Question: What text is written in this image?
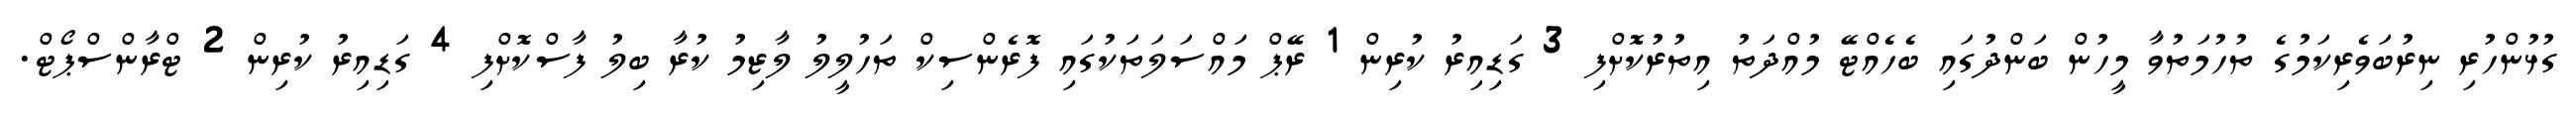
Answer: ގުޅުންހުރި ނިރުބަވެރިކަމުގެ ތުހުމަތުވާ މީހުން ބަންދުގައި ބެހެއްޓޭ މުއްދަތު އިތުރުކޮށްފި 3 ގަޑިއިރު ކުރިން 1 ރޭޕް މައްސަލަތަކުގައި ފޮރެންސިކް ތަހުލީލު ލާޒިމު ކުރާ ބިލު ފާސްކޮށްފި 4 ގަޑިއިރު ކުރިން 2 ޓްރާންސްޕޯޓް.